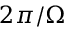
2 \pi / \Omega